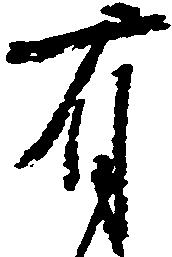
有